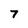
Character: 7